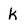
Character: k